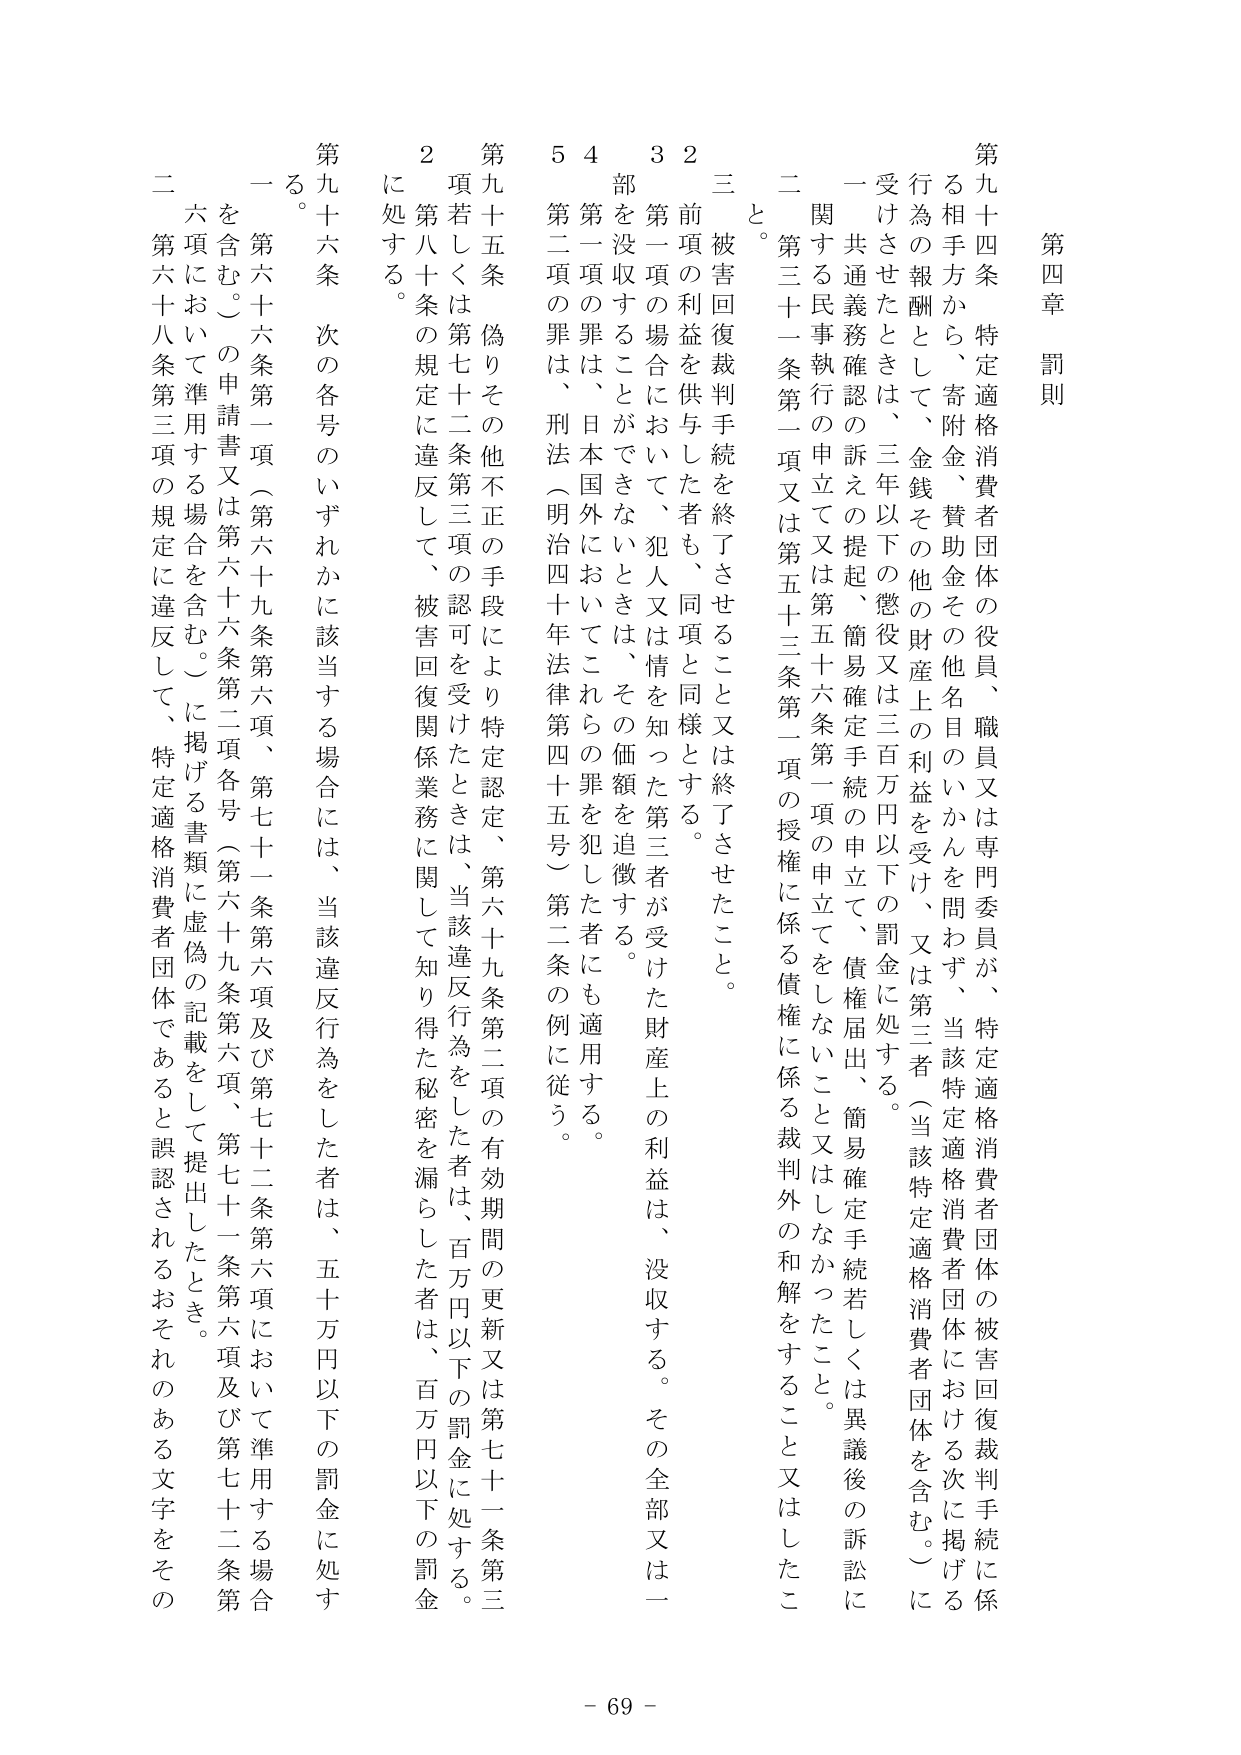
第四章 罰則

第九十四条 特定適格消費者団体の役員、職員又は専門委員が、特定適格消費者団体の被害回復裁判手続に係る相手方から、寄附金、賛助金その他名目のいかんを問わず、当該特定適格消費者団体における次に掲げる行為の報酬として、金銭その他の財産上の利益を受け、又は第三者（当該特定適格消費者団体を含む。）に受けさせたときは、三年以下の懲役又は三百万円以下の罰金に処する。

一 共通義務確認の訴えの提起、簡易確定手続の申立て、債権届出、簡易確定手続若しくは異議後の訴訟に関する民事執行の申立て又は第五十六条第一項の申立てをしないこと又はしなかったこと。

二 第三十一条第一項又は第五十三条第一項の授権に係る債権に係る裁判外の和解をすること又はしたこと。

三 被害回復裁判手続を終了させること又は終了させたこと。

2 前項の利益を供与した者も、同項と同様とする。

3 第一項の場合において、犯人又は情を知った第三者が受けた財産上の利益は、没収する。その全部又は一部を没収することができないときは、その価額を追徴する。

4 第一項の罪は、日本国外においてこれらの罪を犯した者にも適用する。

5 第二項の罪は、刑法（明治四十年法律第四十五号）第二条の例に従う。

第九十五条 偽りその他不正の手段により特定認定、第六十九条第二項の有効期間の更新又は第七十一条第三項若しくは第七十二条第三項の認可を受けたときは、当該違反行為をした者は、百万円以下の罰金に処する。

2 第八十条の規定に違反して、被害回復関係業務に関して知り得た秘密を漏らした者は、百万円以下の罰金に処する。

第九十六条 次の各号のいずれかに該当する場合には、当該違反行為をした者は、五十万円以下の罰金に処する。

一 第六十六条第一項（第六十九条第六項、第七十一条第六項及び第七十二条第六項において準用する場合を含む。）の申請書又は第六十六条第二項各号（第六十九条第六項、第七十一条第六項及び第七十二条第六項において準用する場合を含む。）に掲げる書類に虚偽の記載をして提出したとき。

二 第六十八条第三項の規定に違反して、特定適格消費者団体であると誤認されるおそれのある文字をその

- 69 -